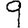
Digit: 9